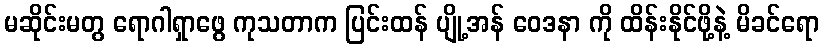
မဆိုင်းမတွ ရောဂါရှာဖွေ ကုသတာက ပြင်းထန် ပျို့အန် ဝေဒနာ ကို ထိန်းနိုင်ဖို့နဲ့ မိခင်ရော